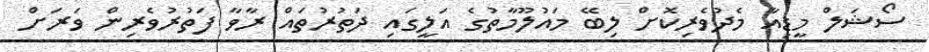
ސޯޝަލް މީޑިއާ މެދުވެރިކޮށް ލިބޭ މައުލޫމާތުގެ އަލީގައި ދަތުރުތައް ރާވާ ފަތުރުވެރިން ވަރަށް